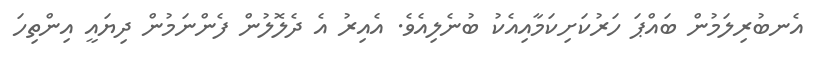
އެނބުރިލަމުން ބައްޕަ ހަރުކަށިކަމާއިއެކު ބުނެލިއެވެ. އެއިރު އެ ދެލޮލުން ފެންނަމުން ދިޔައީ އިންތިހަ